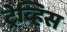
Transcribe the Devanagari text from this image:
ट्रेव्हिस